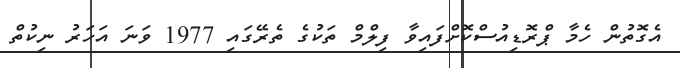
އެގޮތުން ހެމާ ޕްރޮޑިއުސްކޮށްފައިވާ ފިލްމް ތަކުގެ ތެރޭގައި 1977 ވަނަ އަހަރު ނިކުތް